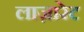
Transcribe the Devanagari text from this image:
लाज़ारेट